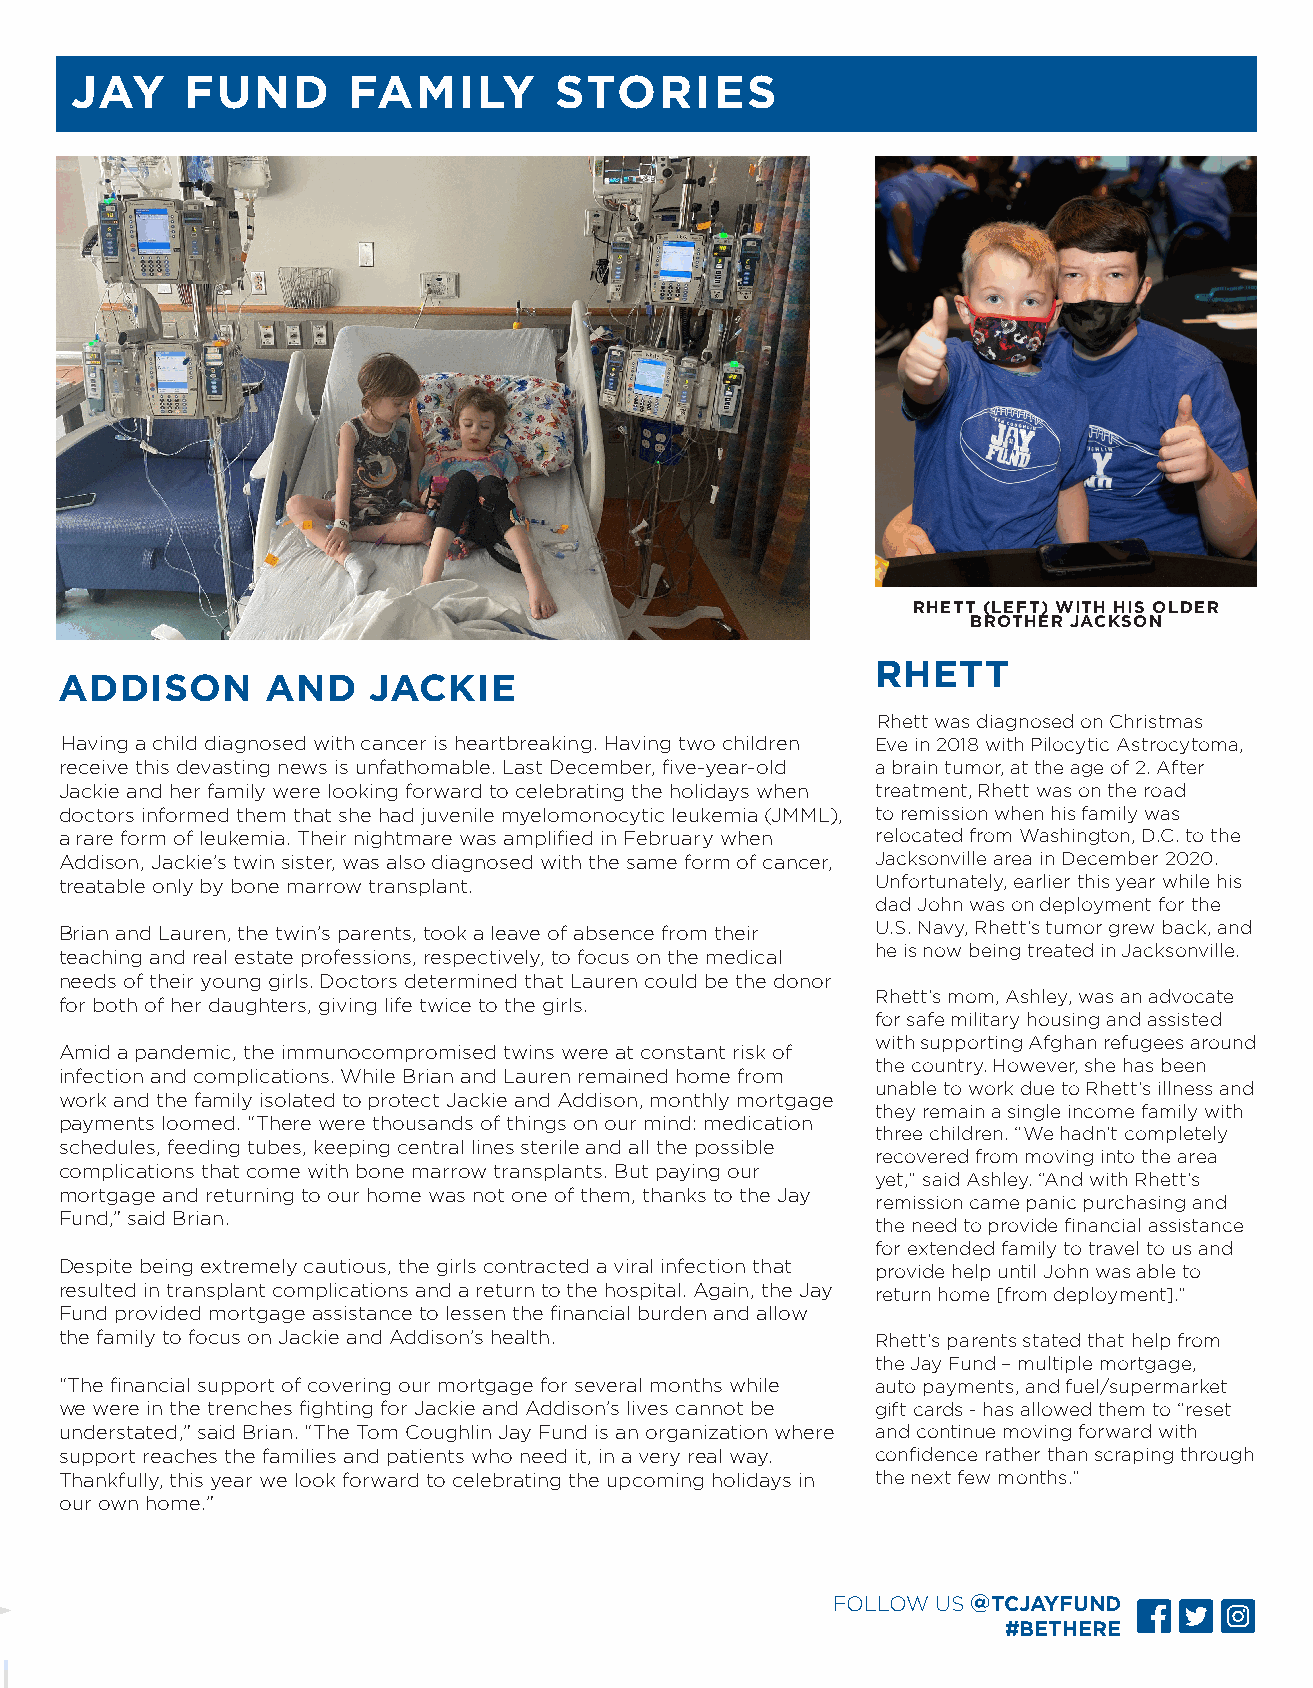
JAY    FUND       FAMILY        STORIES
 RHETT (LEFT) WITH HIS OLDER
 BROTHER JACKSON
 RHETT
 ADDISON       AND   JACKIE
 Rhett was diagnosed on Christmas
 Having a child diagnosed with cancer is heartbreaking. Having two children Eve in 2018 with Pilocytic Astrocytoma,
 receive this devasting news is unfathomable. Last December, five-year-old a brain tumor, at the age of 2. After
 Jackie and her family were looking forward to celebrating the holidays when treatment, Rhett was on the road
 doctors informed them that she had juvenile myelomonocytic leukemia (JMML), to remission when his family was
 a rare form of leukemia. Their nightmare was amplified in February when relocated from Washington, D.C. to the
 Addison, Jackie’s twin sister, was also diagnosed with the same form of cancer, Jacksonville area in December 2020.
 treatable only by bone marrow transplant.             Unfortunately, earlier this year while his
 dad John was on deployment for the
 Brian and Lauren, the twin’s parents, took a leave of absence from their U.S. Navy, Rhett’s tumor grew back, and
 teaching and real estate professions, respectively, to focus on the medical he is now being treated in Jacksonville.
 needs of their young girls. Doctors determined that Lauren could be the donor
 Rhett’s mom, Ashley, was an advocate
 for both of her daughters, giving life twice to the girls.
 for safe military housing and assisted
 with supporting Afghan refugees around
 Amid a pandemic, the immunocompromised twins were at constant risk of
 the country. However, she has been
 infection and complications. While Brian and Lauren remained home from
 unable to work due to Rhett’s illness and
 work and the family isolated to protect Jackie and Addison, monthly mortgage
 they remain a single income family with
 payments loomed. “There were thousands of things on our mind: medication
 three children. “We hadn’t completely
 schedules, feeding tubes, keeping central lines sterile and all the possible
 recovered from moving into the area
 complications that come with bone marrow transplants. But paying our
 yet,” said Ashley. “And with Rhett’s
 mortgage and returning to our home was not one of them, thanks to the Jay
 remission came panic purchasing and
 Fund,” said Brian.
 the need to provide financial assistance
 for extended family to travel to us and
 Despite being extremely cautious, the girls contracted a viral infection that provide help until John was able to
 resulted in transplant complications and a return to the hospital. Again, the Jay return home [from deployment].”
 Fund provided mortgage assistance to lessen the financial burden and allow
 the family to focus on Jackie and Addison’s health.   Rhett’s parents stated that help from
 the Jay Fund – multiple mortgage,
 “The financial support of covering our mortgage for several months while auto payments, and fuel/supermarket
 we were in the trenches fighting for Jackie and Addison’s lives cannot be gift cards - has allowed them to “reset
 understated,” said Brian. “The Tom Coughlin Jay Fund is an organization where and continue moving forward with
 support reaches the families and patients who need it, in a very real way. confidence rather than scraping through
 Thankfully, this year we look forward to celebrating the upcoming holidays in the next few months.”
 our own home.”
 FOLLOW US @TCJAYFUND
 #BETHERE